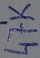
Text: 47K